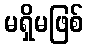
မရှိမဖြစ်